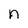
Character: n